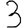
Digit: 3